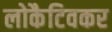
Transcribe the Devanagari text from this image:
लोकैटिवकर